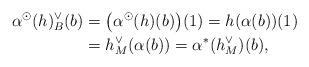
LaTeX: \begin{align*}\alpha^\odot(h)^\vee_B(b)&=\big(\alpha^\odot(h)(b)\big)(1)=h(\alpha(b))(1)\\&=h^\vee_M(\alpha(b))=\alpha^\ast(h^\vee_M)(b),\end{align*}